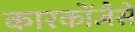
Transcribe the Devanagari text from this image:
कारकोंजैसे